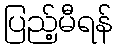
ပြည့်မီရန်